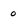
Character: o